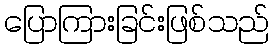
ပြောကြားခြင်းဖြစ်သည်